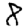
Digit: 8